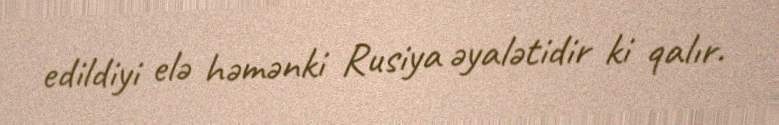
edildiyi elə həmənki Rusiya əyalətidir ki qalır.